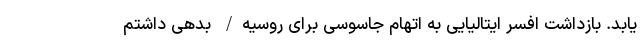
یابد. بازداشت افسر ایتالیایی به اتهام جاسوسی برای روسیه/ بدهی داشتم